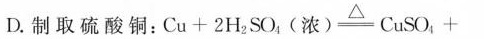
D.制取硫酸铜:Cu+2HsO(浓)Cuso_{4};+ SO₂个32H2O